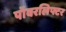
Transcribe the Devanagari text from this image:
पॉवरलिफ्टर